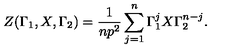
Z ( \Gamma _ { 1 } , X , \Gamma _ { 2 } ) = \frac { 1 } { n p ^ { 2 } } \sum _ { j = 1 } ^ { n } \Gamma _ { 1 } ^ { j } X \Gamma _ { 2 } ^ { n - j } .